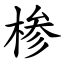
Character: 椮